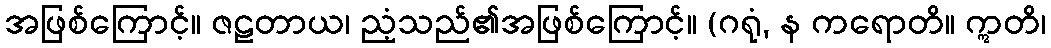
အဖြစ်ကြောင့်။ ဇဠတာယ၊ ညံ့သည်၏အဖြစ်ကြောင့်။ (ဂရုံ, န ကရောတိ။ ဣတိ၊